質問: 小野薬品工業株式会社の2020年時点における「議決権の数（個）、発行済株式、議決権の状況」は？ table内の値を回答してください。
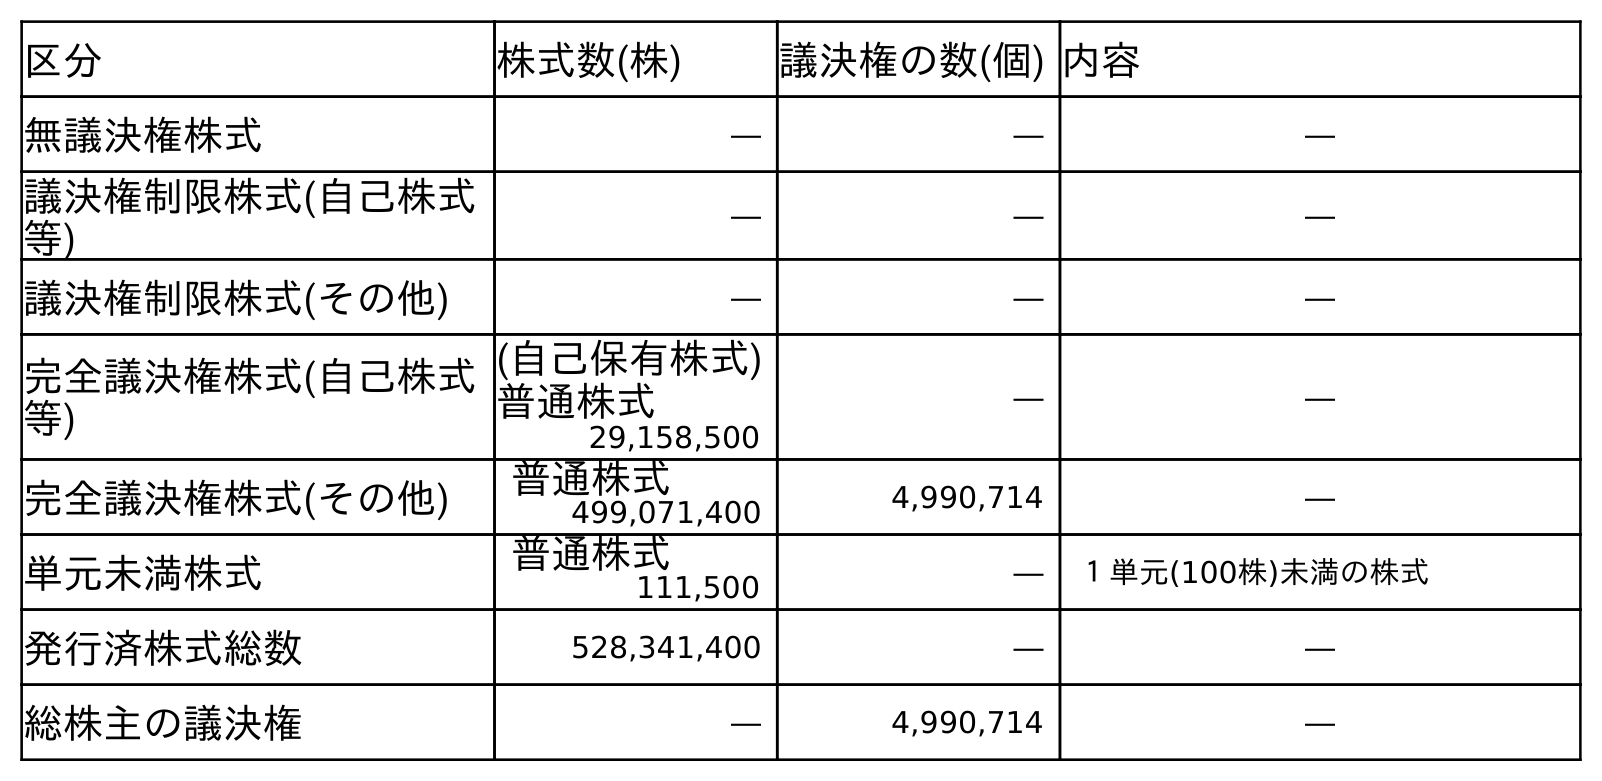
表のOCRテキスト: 区分 株式数(株) 議決権の数(個) 内容 無議決権株式 ― ― ― 議決権制限株式(自己株式 等) ― ― ― 議決権制限株式(その他) ― ― ― 完全議決権株式(自己株式 等) (自己保有株式) 普通株式 ― ― 29,158,500 完全議決権株式(その他) 普通株式 4,990,714 ― 499,071,400 単元未満株式 普通株式 ― １単元(100株)未満の株式 111,500 発行済株式総数 528,341,400 ― ― 総株主の議決権 ― 4,990,714 ―
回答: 4,990,714